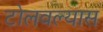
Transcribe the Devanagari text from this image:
टोलवल्यास